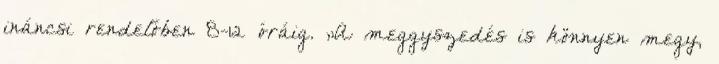
ináncsi rendelőben 8-12 óráig. „A meggyszedés is könnyen megy,